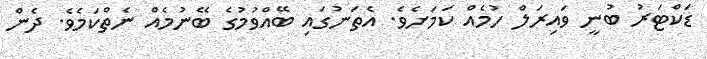
ޑަކްޓަރު ބުނީ ވައިރަލް ހުމެއް ކަމަށެވެ. އެތަނުގައި ބޭއްވުމުގެ ބޭނުމެއް ނެތްކަމެވެ. ދެން